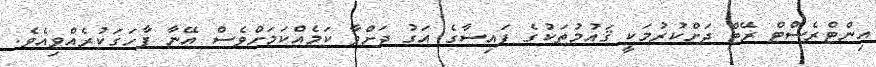
އިންޓްރެސްޓް ރޭޓް ދަށްކުރުމަކީ ޤައުމުތަކުގެ ފައިސާގެ އަގު ދަށްވާ ކަމެއްކަމަށްވެސް އޭނާ ފާހަގަކުރެއްވިއެވެ.